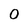
Character: 0